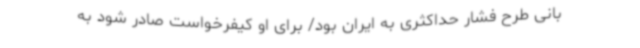
بانی طرح فشار حداکثری به ایران بود/ برای او کیفرخواست صادر شود به